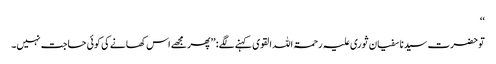
‘‘
توحضرت سیدنا سفیان ثوری علیہ رحمۃ اللہ القوی کہنے لگے: ’’پھر مجھے اس کھانے کی کوئی حاجت نہیں۔